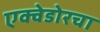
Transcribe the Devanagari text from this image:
एक्वेडोरचा